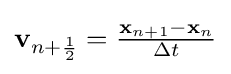
\mathbf {v} _{n+{\frac {1}{2}}}={\tfrac {\mathbf {x} _{n+1}-\mathbf {x} _{n}}{\Delta t}}